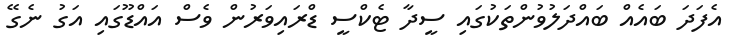
އެފަދަ ބައެއް ބައްދަލުވުންތަކުގައި ސީދާ ޓެކްސީ ޑްރައިވަރުން ވެސް އައްޑޫގައި އަގު ނެގޭ